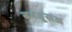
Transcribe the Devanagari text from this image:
बनजूसअ